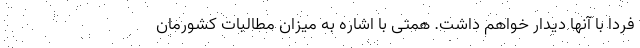
فردا با آنها دیدار خواهم داشت. همتی با اشاره به میزان مطالبات کشورمان